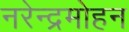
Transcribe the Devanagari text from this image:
नरेन्द्रमोहन